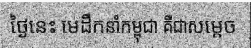
ថ្ងៃនេះ មេដឹកនាំកម្ពុជា គឺជាសម្តេច